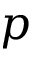
p